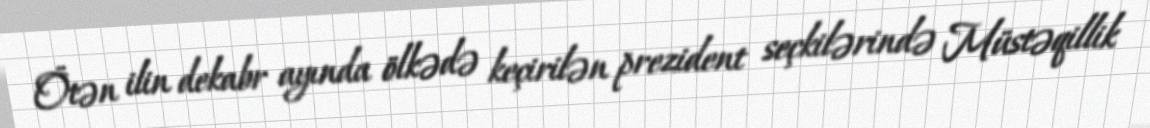
Ötən ilin dekabr ayında ölkədə keçirilən prezident seçkilərində Müstəqillik